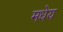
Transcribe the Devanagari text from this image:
मधेय